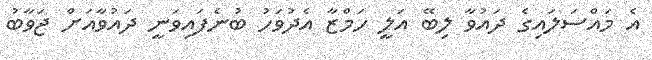
އެ މައްސަލައިގެ ދައުވާ ލިބޭ އަލީ ހަމްޒާ އެދުވަހު ބުނެފައިވަނީ ދައުވާއަށް ޖަވާބު